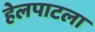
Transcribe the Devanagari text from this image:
हेलपाटला